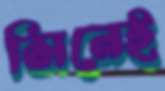
সিনেই